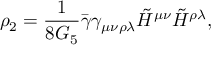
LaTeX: \rho _ { 2 } = \frac { 1 } { 8 G _ { 5 } } \bar { \gamma } \gamma _ { \mu \nu \rho \lambda } \tilde { \cal H } ^ { \mu \nu } \tilde { \cal H } ^ { \rho \lambda } ,